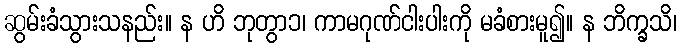
ဆွမ်းခံသွားသနည်း။ န ဟိ ဘုတွာ၁၊ ကာမဂုဏ်ငါးပါးကို မခံစားမူ၍။ န ဘိက္ခသိ၊